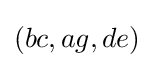
(bc,ag,de)